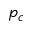
p _ { c }